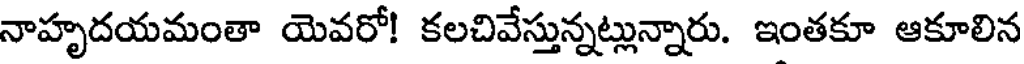
నాహృదయమంతా యెవరో! కలచివేస్తున్నట్లున్నారు. ఇంతకూ ఆకూలిన